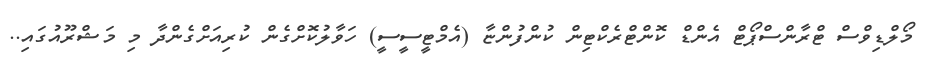
މޯލްޑިވްސް ޓްރާންސްޕޯޓް އެންޑް ކޮންޓްރެކްޓިން ކުންފުންޏާ (އެމްޓީސީސީ) ހަވާލުކޮށްގެން ކުރިއަށްގެންދާ މި މަޝްރޫއުގައި..